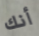
أنك